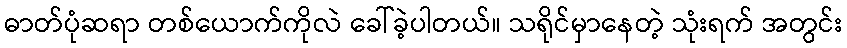
ဓာတ်ပုံဆရာ တစ်ယောက်ကိုလဲ ခေါ်ခဲ့ပါတယ်။ သရိုင်မှာနေတဲ့ သုံးရက် အတွင်း